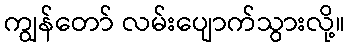
ကျွန်တော် လမ်းပျောက်သွားလို့။